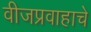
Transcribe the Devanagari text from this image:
वीजप्रवाहाचे